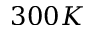
3 0 0 K